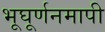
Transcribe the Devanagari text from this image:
भूघूर्णनमापी